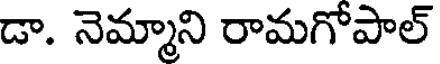
డా. నెమ్మాని రామగోపాల్